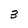
Character: 3